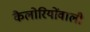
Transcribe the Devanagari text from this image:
कैलोरियोंवाली